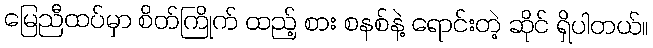
မြေညီထပ်မှာ စိတ်ကြိုက် ထည့် စား စနစ်နဲ့ ရောင်းတဲ့ ဆိုင် ရှိပါတယ်။